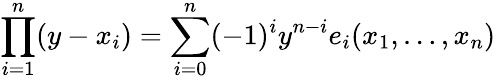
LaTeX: \prod_{i=1}^{n}(y-x_{i})=\sum_{i=0}^{n}(-1)^{i}y^{n-i}e_{i}(x_{1},\dotsc,x_{n})